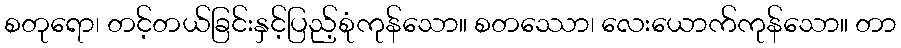
စတုရော၊ တင့်တယ်ခြင်းနှင့်ပြည့်စုံကုန်သော။ စတဿော၊ လေးယောက်ကုန်သော။ တာ